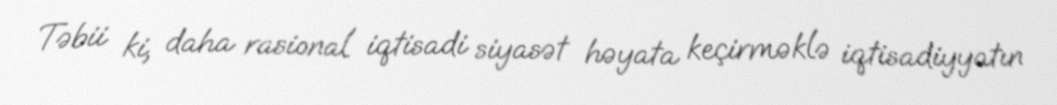
Təbii ki, daha rasional iqtisadi siyasət həyata keçirməklə iqtisadiyyatın